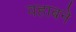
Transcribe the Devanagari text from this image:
वहाबने